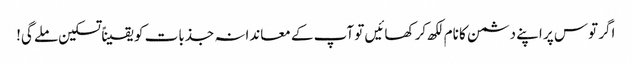
اگر توس پر اپنے دشمن کا نام لکھ کر کھائیں تو آپ کے معاندانہ جذبات کو یقیناً تسکین ملے گی!